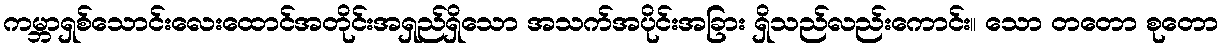
ကမ္ဘာရှစ်သောင်းလေးထောင်အတိုင်းအရှည်ရှိသော အသက်အပိုင်းအခြား ရှိသည်လည်းကောင်း။ သော တတော စုတော